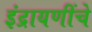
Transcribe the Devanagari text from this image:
इंद्रायणींचे